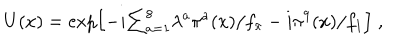
U ( x ) = \exp \Bigl [ - i { \textstyle \sum _ { a = 1 } ^ { 8 } } \lambda ^ { a } \pi ^ { a } ( x ) / f _ { \pi } - i \pi ^ { 9 } ( x ) / f _ { 1 } \Bigr ] \; ,